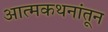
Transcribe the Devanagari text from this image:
आत्मकथनांतून